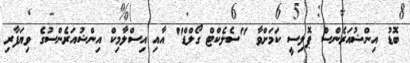
ބޮޑު އިންޝުއަރެންސް ޕޮލިސީ ކަމަށްވާ "ސެލެކްޓް ގޯލްޑް" އާއި އިސްލާމިކް އިންޝުއަރެންސުގެ ވިޔަފާރި